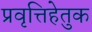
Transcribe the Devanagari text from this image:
प्रवृत्तिहेतुक